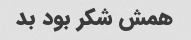
همش شکر بود بد